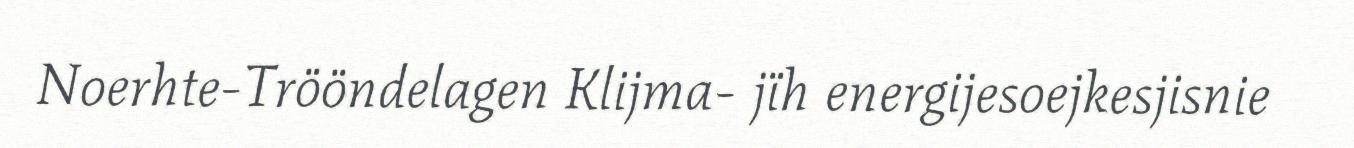
Noerhte-Trööndelagen Klijma- jïh energijesoejkesjisnie